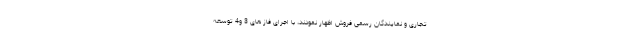
تجاری و نمایندگان رسمی فروش اظهار نمودند، با اجرای فاز های 3 و4 توسعه